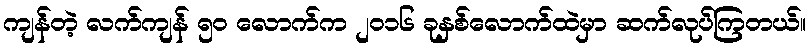
ကျန်တဲ့ လက်ကျန် ၅၀ လောက်က ၂၀၁၆ ခုနှစ်လောက်ထဲမှာ ဆက်လုပ်ကြတယ်။